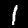
Label: 1